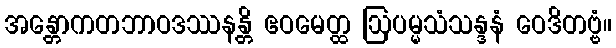
အန္တောကတဘာဝဒဿနန္တိ ဧဝမေတ္ထ ဩပမ္မသံသန္ဒနံ ဝေဒိတဗ္ဗံ။